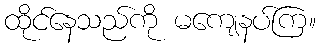
ထိုင်နေသည်ကို မကျေနပ်ကြ။